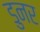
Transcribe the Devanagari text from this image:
डुनर